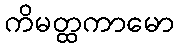
ကိမတ္ထကာမော